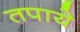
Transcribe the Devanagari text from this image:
तपाये